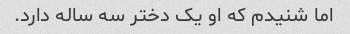
اما شنیدم که او یک دختر سه ساله دارد.